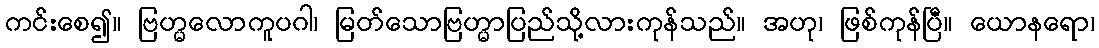
ကင်းစေ၍။ ဗြဟ္မလောကူပဂါ၊ မြတ်သောဗြဟ္မာပြည်သို့လားကုန်သည်။ အဟု၊ ဖြစ်ကုန်ပြီ။ ယောနရော၊